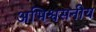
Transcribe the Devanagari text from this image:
अभिश्वसनीय